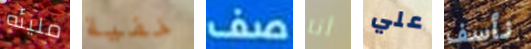
مليئه خفية صف أنا علي نأسف